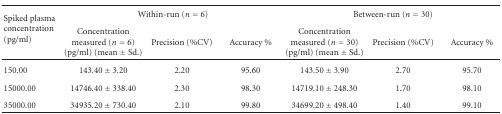
<table><thead><tr><td rowspan="2"><b>Spiked plasma concentration (pg/ml)</b></td><td colspan="3"><b>Within-run (<i>n</i> = 6)</b></td><td colspan="3"><b>Between-run (<i>n</i> = 30)</b></td></tr><tr><td><b>Concentration measured (<i>n</i> = 6) (pg/ml) (mean ± Sd.)</b></td><td><b>Precision (%CV)</b></td><td><b>Accuracy %</b></td><td><b>Concentration measured (<i>n</i> = 30) (pg/ml) (mean ± Sd.)</b></td><td><b>Precision (%CV)</b></td><td><b>Accuracy % </b></td></tr></thead><tbody><tr><td>150.00</td><td>143.40 ± 3.20</td><td>2.20</td><td>95.60</td><td>143.50 ± 3.90</td><td>2.70</td><td>95.70</td></tr><tr><td>15000.00</td><td>14746.40 ± 338.40</td><td>2.30</td><td>98.30</td><td>14719.10 ± 248.30</td><td>1.70</td><td>98.10</td></tr><tr><td>35000.00</td><td>34935.20 ± 730.40</td><td>2.10</td><td>99.80</td><td>34699.20 ± 498.40</td><td>1.40</td><td>99.10</td></tr></tbody></table>